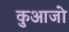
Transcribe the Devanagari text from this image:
कुआजो